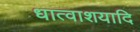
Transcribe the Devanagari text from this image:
धात्वाशयादि